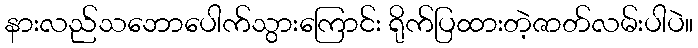
နားလည်သဘောပေါက်သွားကြောင်း ရိုက်ပြထားတဲ့ဇာတ်လမ်းပါပဲ။